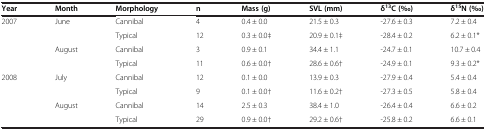
| Year | Month | Morphology | n | Mass (g) | SVL (mm) | δ13C (‰) | δ15N (‰) |
 | --- | --- | --- | --- | --- | --- | --- | --- |
 | <ROWSPAN=2> 2007 | <ROWSPAN=2> June | Cannibal | 4 | 0.4 ± 0.0 | 21.5 ± 0.3 | -27.6 ± 0.3 | 7.2 ± 0.4 |
 | Typical | 12 | 0.3 ± 0.0‡ | 20.9 ± 0.1‡ | -28.4 ± 0.2 | 6.2 ± 0.1* |
 | <ROWSPAN=2>  | <ROWSPAN=2> August | Cannibal | 3 | 0.9 ± 0.1 | 34.4 ± 1.1 | -24.7 ± 0.1 | 10.7 ± 0.4 |
 | Typical | 11 | 0.6 ± 0.0† | 28.6 ± 0.6† | -24.9 ± 0.1 | 9.3 ± 0.2* |
 | <ROWSPAN=2> 2008 | <ROWSPAN=2> July | Cannibal | 12 | 0.1 ± 0.0 | 13.9 ± 0.3 | -27.9 ± 0.4 | 5.4 ± 0.4 |
 | Typical | 9 | 0.1 ± 0.0† | 11.6 ± 0.2† | -27.3 ± 0.5 | 5.8 ± 0.4 |
 | <ROWSPAN=2>  | <ROWSPAN=2> August | Cannibal | 14 | 2.5 ± 0.3 | 38.4 ± 1.0 | -26.4 ± 0.4 | 6.6 ± 0.2 |
 | Typical | 29 | 0.9 ± 0.0† | 29.2 ± 0.6† | -25.8 ± 0.2 | 6.6 ± 0.1 |